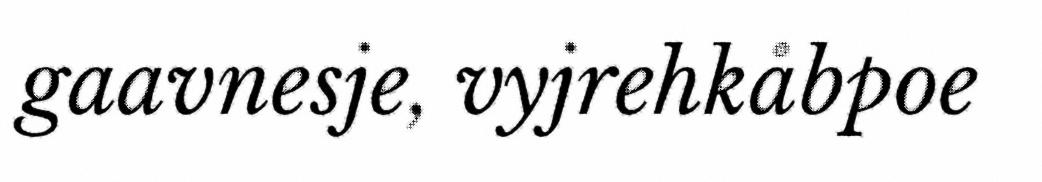
gaavnesje, vyjrehkåbpoe